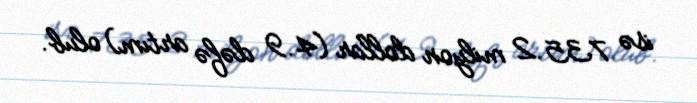
isə 735.2 milyon dollar (4.9 dəfə artım) olub.